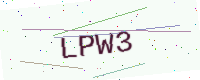
Text: LPW3